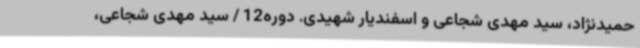
حمیدنژاد، سید مهدی شجاعی و اسفندیار شهیدی. دوره12 / سید مهدی شجاعی،